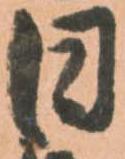
日